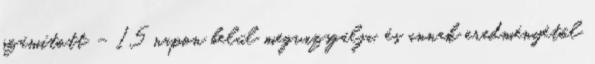
számított – 15 napon belül megvizsgálja, és annak eredményétől